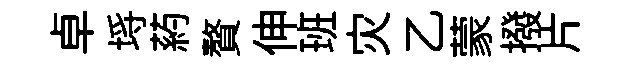
卓埓葯贅伸班灾乙蒙撥片